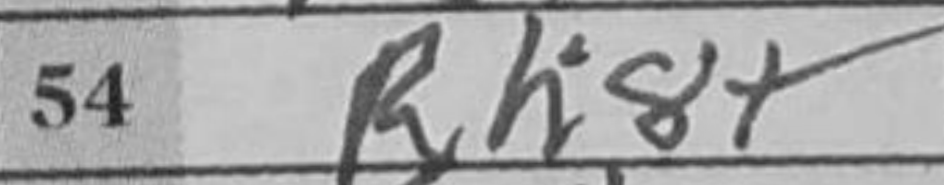
Transcription: Rh8+